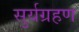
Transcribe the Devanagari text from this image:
सुर्यग्रहण